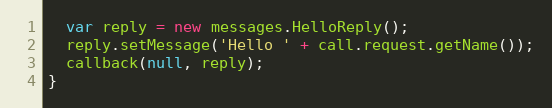
Language: JavaScript
  var reply = new messages.HelloReply();
  reply.setMessage('Hello ' + call.request.getName());
  callback(null, reply);
}